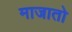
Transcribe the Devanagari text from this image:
माजातो